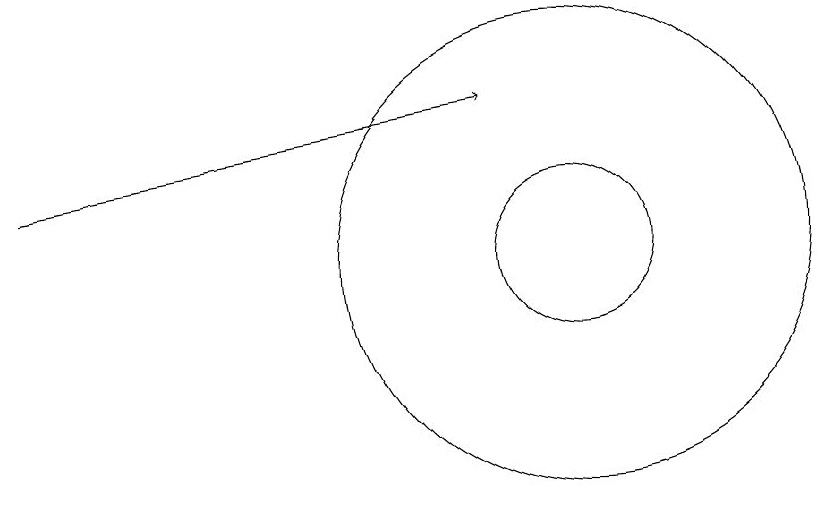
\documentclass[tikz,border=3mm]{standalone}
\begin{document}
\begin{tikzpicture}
\draw[->] (3,13) -- (9,14);
\draw (10,12) circle (1);
\draw (10,12) circle (3);
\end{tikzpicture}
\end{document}